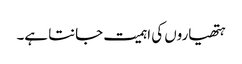
ہتھیاروں کی اہمیت جانتا ہے۔